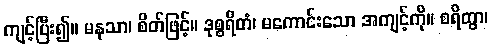
ကျင့်ပြီး၍။ မနသာ၊ စိတ်ဖြင့်။ ဒုစ္စရိတံ၊ မကောင်းသော အကျင့်ကို။ စရိတွာ၊